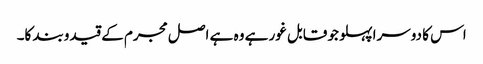
اس کا دوسرا پہلو جو قابل غور ہے وہ ہے اصل مجرم کے قیدوبند کا۔